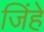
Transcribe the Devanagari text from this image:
जिंहे